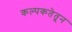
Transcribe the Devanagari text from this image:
कल्पकतेतून